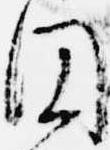
円